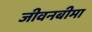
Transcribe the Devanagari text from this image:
जीवनबीमा